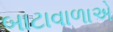
બાટાવાળાએ